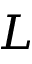
L